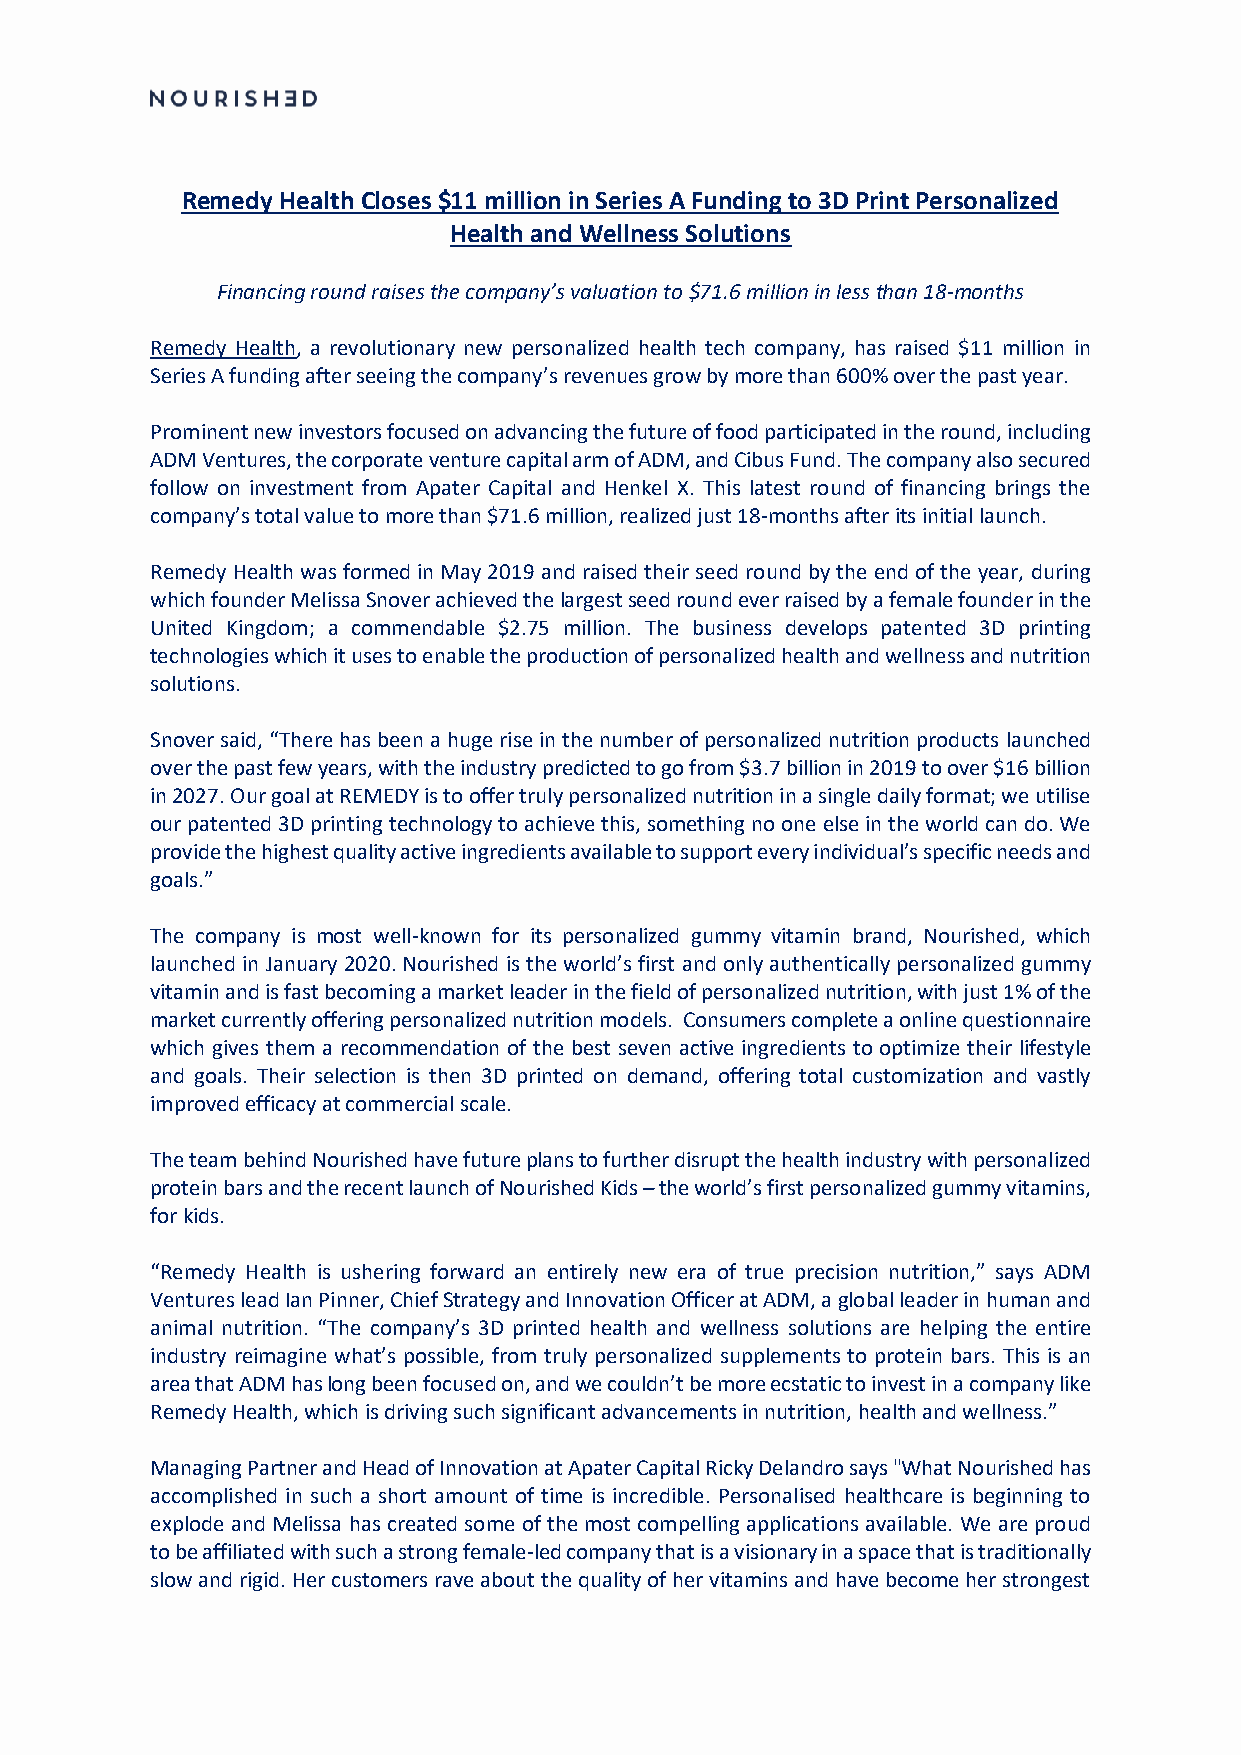
Remedy Health Closes $11 million in Series A Funding to 3D Print Personalized
 Health and Wellness Solutions
 Financing round raises the company’s valuation to $71.6 million in less than 18-months
 Remedy Health, a revolutionary new personalized health tech company, has raised $11 million in
 Series A funding after seeing the company’s revenues grow by more than 600% over the past year.
 Prominent new investors focused on advancing the future of food participated in the round, including
 ADM Ventures, the corporate venture capital arm of ADM, and Cibus Fund. The company also secured
 follow on investment from Apater Capital and Henkel X. This latest round of financing brings the
 company’s total value to more than $71.6 million, realized just 18-months after its initial launch.
 Remedy Health was formed in May 2019 and raised their seed round by the end of the year, during
 which founder Melissa Snover achieved the largest seed round ever raised by a female founder in the
 United Kingdom; a commendable $2.75 million. The business develops patented 3D printing
 technologies which it uses to enable the production of personalized health and wellness and nutrition
 solutions.
 Snover said, “There has been a huge rise in the number of personalized nutrition products launched
 over the past few years, with the industry predicted to go from $3.7 billion in 2019 to over $16 billion
 in 2027. Our goal at REMEDY is to offer truly personalized nutrition in a single daily format; we utilise
 our patented 3D printing technology to achieve this, something no one else in the world can do. We
 provide the highest quality active ingredients available to support every individual’s specific needs and
 goals.”
 The company is most well-known for its personalized gummy vitamin brand, Nourished, which
 launched in January 2020. Nourished is the world’s first and only authentically personalized gummy
 vitamin and is fast becoming a market leader in the field of personalized nutrition, with just 1% of the
 market currently offering personalized nutrition models. Consumers complete a online questionnaire
 which gives them a recommendation of the best seven active ingredients to optimize their lifestyle
 and goals. Their selection is then 3D printed on demand, offering total customization and vastly
 improved efficacy at commercial scale.
 The team behind Nourished have future plans to further disrupt the health industry with personalized
 protein bars and the recent launch of Nourished Kids – the world’s first personalized gummy vitamins,
 for kids.
 “Remedy Health is ushering forward an entirely new era of true precision nutrition,” says ADM
 Ventures lead Ian Pinner, Chief Strategy and Innovation Officer at ADM, a global leader in human and
 animal nutrition. “The company’s 3D printed health and wellness solutions are helping the entire
 industry reimagine what’s possible, from truly personalized supplements to protein bars. This is an
 area that ADM has long been focused on, and we couldn’t be more ecstatic to invest in a company like
 Remedy Health, which is driving such significant advancements in nutrition, health and wellness.”
 Managing Partner and Head of Innovation at Apater Capital Ricky Delandro says "What Nourished has
 accomplished in such a short amount of time is incredible. Personalised healthcare is beginning to
 explode and Melissa has created some of the most compelling applications available. We are proud
 to be affiliated with such a strong female-led company that is a visionary in a space that is traditionally
 slow and rigid. Her customers rave about the quality of her vitamins and have become her strongest